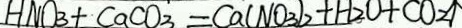
H N O _ { 3 } + C a C O _ { 3 } = C a ( N O _ { 3 } ) _ { 2 } + H _ { 2 } O + C O _ { 2 } \uparrow